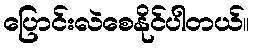
ပြောင်းလဲစေနိုင်ပါတယ်။